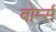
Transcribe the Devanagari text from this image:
बोर्म्स